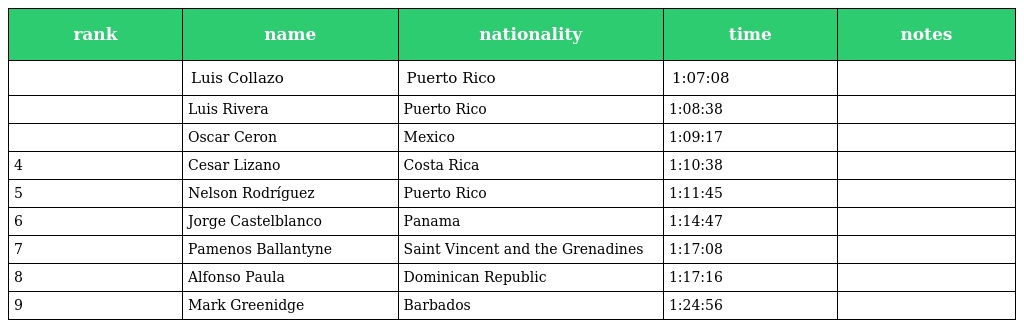
| rank | name | nationality | time | notes |
 | --- | --- | --- | --- | --- |
 |  | Luis Collazo | Puerto Rico | 1:07:08 |  |
 |  | Luis Rivera | Puerto Rico | 1:08:38 |  |
 |  | Oscar Ceron | Mexico | 1:09:17 |  |
 | 4 | Cesar Lizano | Costa Rica | 1:10:38 |  |
 | 5 | Nelson Rodríguez | Puerto Rico | 1:11:45 |  |
 | 6 | Jorge Castelblanco | Panama | 1:14:47 |  |
 | 7 | Pamenos Ballantyne | Saint Vincent and the Grenadines | 1:17:08 |  |
 | 8 | Alfonso Paula | Dominican Republic | 1:17:16 |  |
 | 9 | Mark Greenidge | Barbados | 1:24:56 |  |